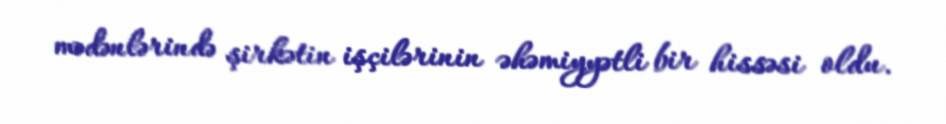
mədənlərində şirkətin işçilərinin əhəmiyyətli bir hissəsi oldu.